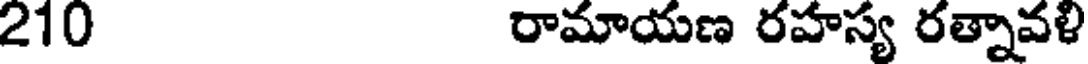
210 రామాయణ రహస్య రత్నావళి